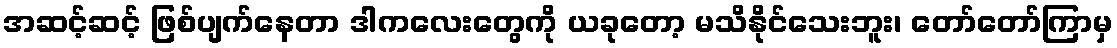
အဆင့်ဆင့် ဖြစ်ပျက်နေတာ ဒါကလေးတွေကို ယခုတော့ မသိနိုင်သေးဘူး၊ တော်တော်ကြာမှ